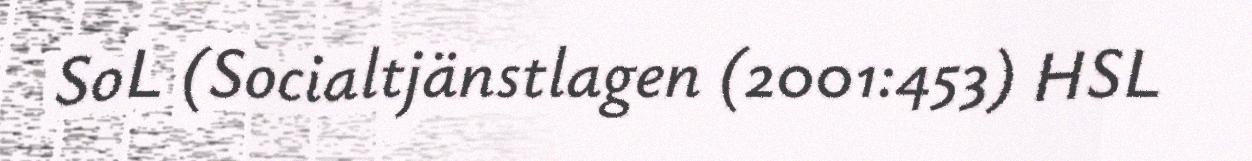
SoL (Socialtjänstlagen (2001:453) HSL